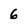
Character: 6